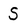
Character: S